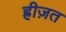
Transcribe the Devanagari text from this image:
ह्रीज़त